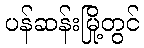
ပန်ဆန်းမြို့တွင်